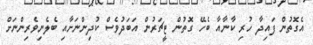
އެގޮތުން ފައިދާ ހުރި ކާނާއާ ބެހޭ ގޮތުން ޓީޗަރުން އަބަދުވެސް ކުދިންނަށާއި ބެލެނިވެރިންނަށް